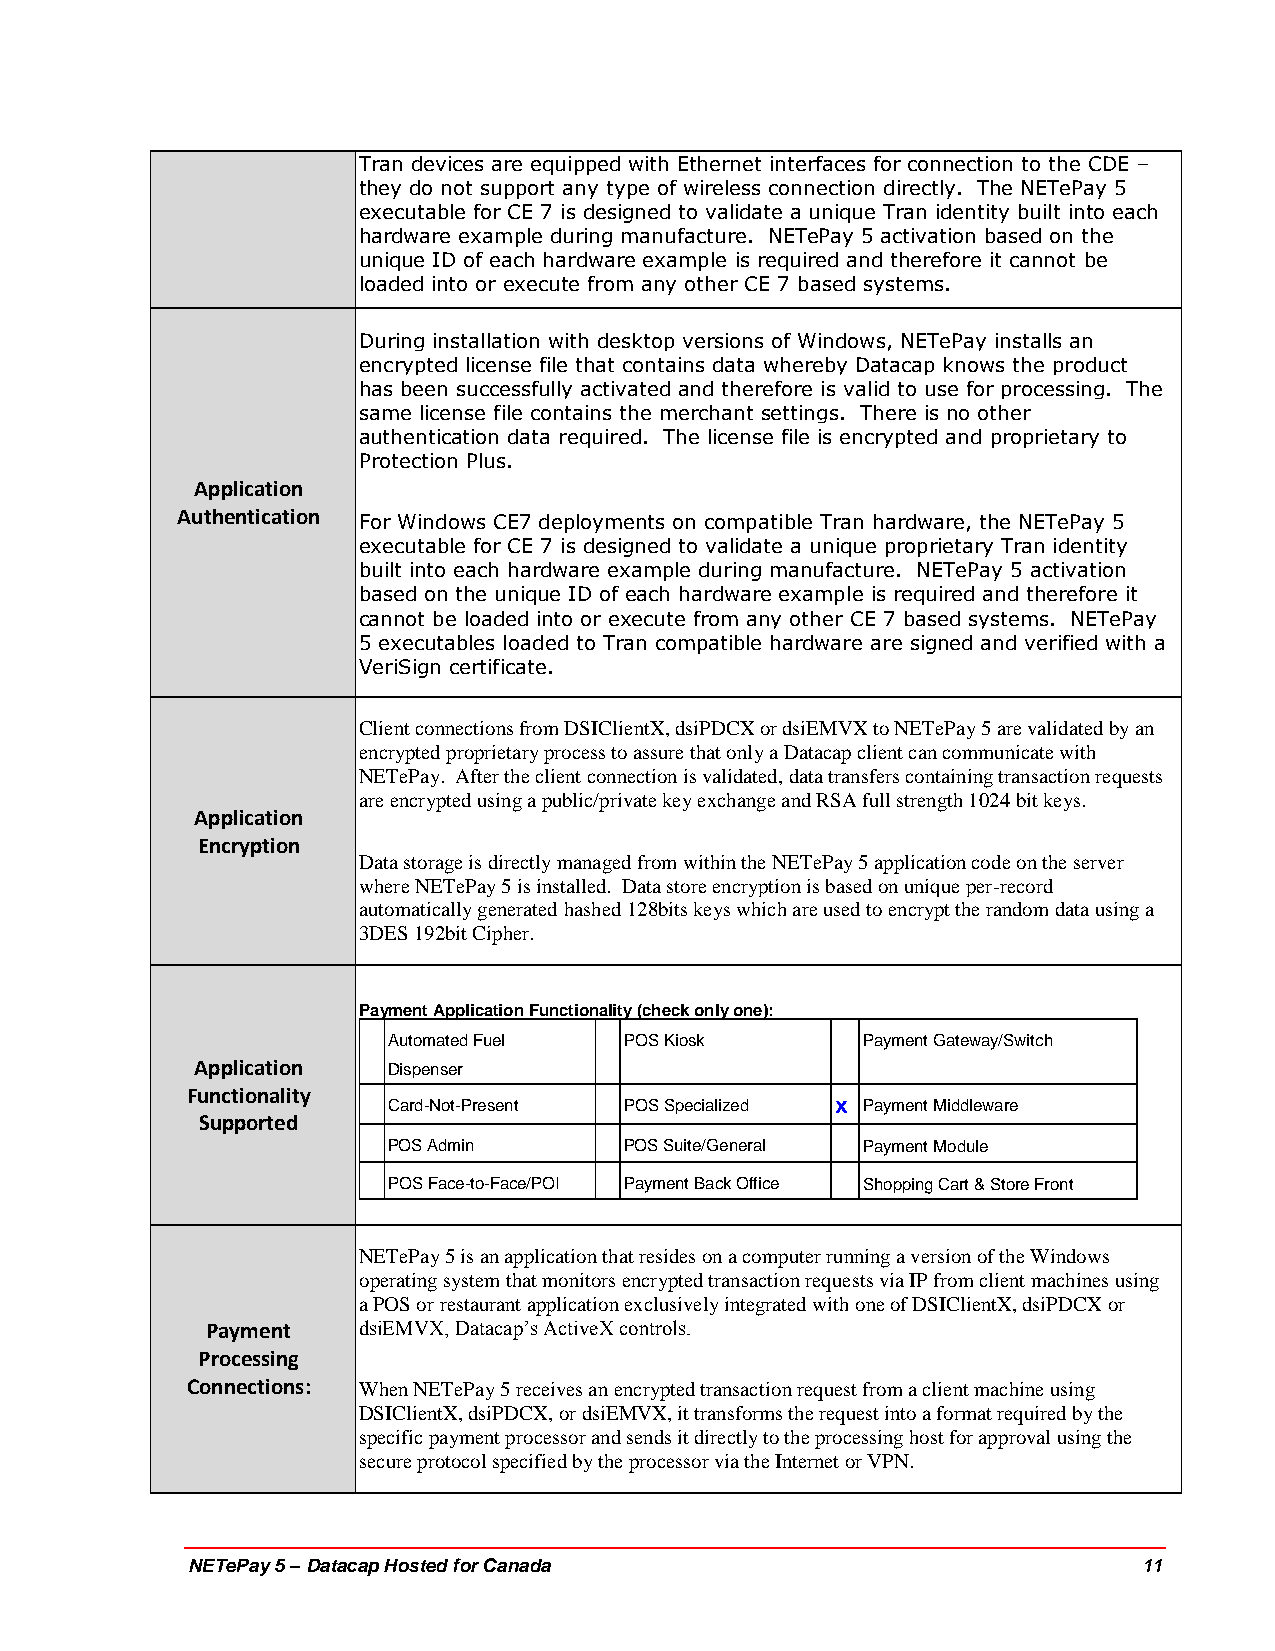
Tran devices are equipped with Ethernet interfaces for connection to the CDE –
 they do not support any type of wireless connection directly. The NETePay 5
 executable for CE 7 is designed to validate a unique Tran identity built into each
 hardware example during manufacture. NETePay 5 activation based on the
 unique ID of each hardware example is required and therefore it cannot be
 loaded into or execute from any other CE 7 based systems.
 During installation with desktop versions of Windows, NETePay installs an
 encrypted license file that contains data whereby Datacap knows the product
 has been successfully activated and therefore is valid to use for processing. The
 same license file contains the merchant settings. There is no other
 authentication data required. The license file is encrypted and proprietary to
 Protection Plus.
 Application
 Authentication
 For Windows CE7 deployments on compatible Tran hardware, the NETePay 5
 executable for CE 7 is designed to validate a unique proprietary Tran identity
 built into each hardware example during manufacture. NETePay 5 activation
 based on the unique ID of each hardware example is required and therefore it
 cannot be loaded into or execute from any other CE 7 based systems. NETePay
 5 executables loaded to Tran compatible hardware are signed and verified with a
 VeriSign certificate.
 Client connections from DSIClientX, dsiPDCX or dsiEMVX to NETePay 5 are validated by an
 encrypted proprietary process to assure that only a Datacap client can communicate with
 NETePay. After the client connection is validated, data transfers containing transaction requests
 are encrypted using a public/private key exchange and RSA full strength 1024 bit keys.
 Application
 Encryption
 Data storage is directly managed from within the NETePay 5 application code on the server
 where NETePay 5 is installed. Data store encryption is based on unique per-record
 automatically generated hashed 128bits keys which are used to encrypt the random data using a
 3DES 192bit Cipher.
 Payment Application Functionality (check only one):
 Automated Fuel POS Kiosk       Payment Gateway/Switch
 Application  Dispenser
 Functionality
 Card-Not-Present POS Specialized X Payment Middleware
 Supported
 POS Admin      POS Suite/General Payment Module
 POS Face-to-Face/POI Payment Back Office Shopping Cart & Store Front
 NETePay 5 is an application that resides on a computer running a version of the Windows
 operating system that monitors encrypted transaction requests via IP from client machines using
 a POS or restaurant application exclusively integrated with one of DSIClientX, dsiPDCX or
 Payment   dsiEMVX, Datacap’s ActiveX controls.
 Processing
 Connections: When NETePay 5 receives an encrypted transaction request from a client machine using
 DSIClientX, dsiPDCX, or dsiEMVX, it transforms the request into a format required by the
 specific payment processor and sends it directly to the processing host for approval using the
 secure protocol specified by the processor via the Internet or VPN.
 NETePay 5 – Datacap Hosted for Canada                           11